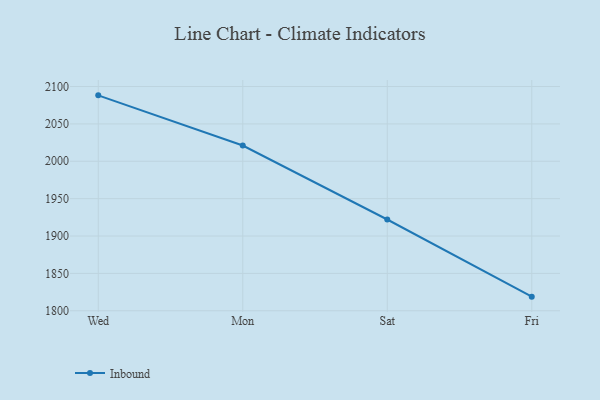
{"axis": {"x": "Day", "y": "Market Share (%)"}, "legend": ["Inbound"], "data": [{"x": "Wed", "y": 2088.2, "type": "Inbound"}, {"x": "Mon", "y": 2021.1, "type": "Inbound"}, {"x": "Sat", "y": 1922.1, "type": "Inbound"}, {"x": "Fri", "y": 1818.9, "type": "Inbound"}]}